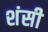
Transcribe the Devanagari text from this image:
शंसी